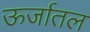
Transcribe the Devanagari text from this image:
ऊर्जातल